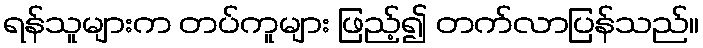
ရန်သူများက တပ်ကူများ ဖြည့်၍ တက်လာပြန်သည်။